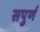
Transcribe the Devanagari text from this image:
सपुर्ण